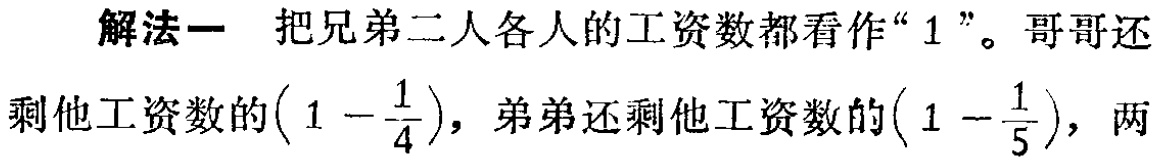
解法一 把兄弟二人各人的工资数都看作“$1$”。哥哥还剩他工资数的$\left(1 - \dfrac{1}{4}\right)$，弟弟还剩他工资数的$\left(1 - \dfrac{1}{5}\right)$，两